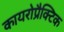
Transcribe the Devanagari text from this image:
कायरोप्रैक्टिक